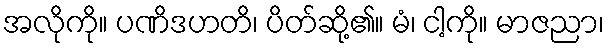
အလိုကို။ ပဏိဒဟတိ၊ ပိတ်ဆို့၏။ မံ၊ ငါ့ကို။ မာဇညာ၊